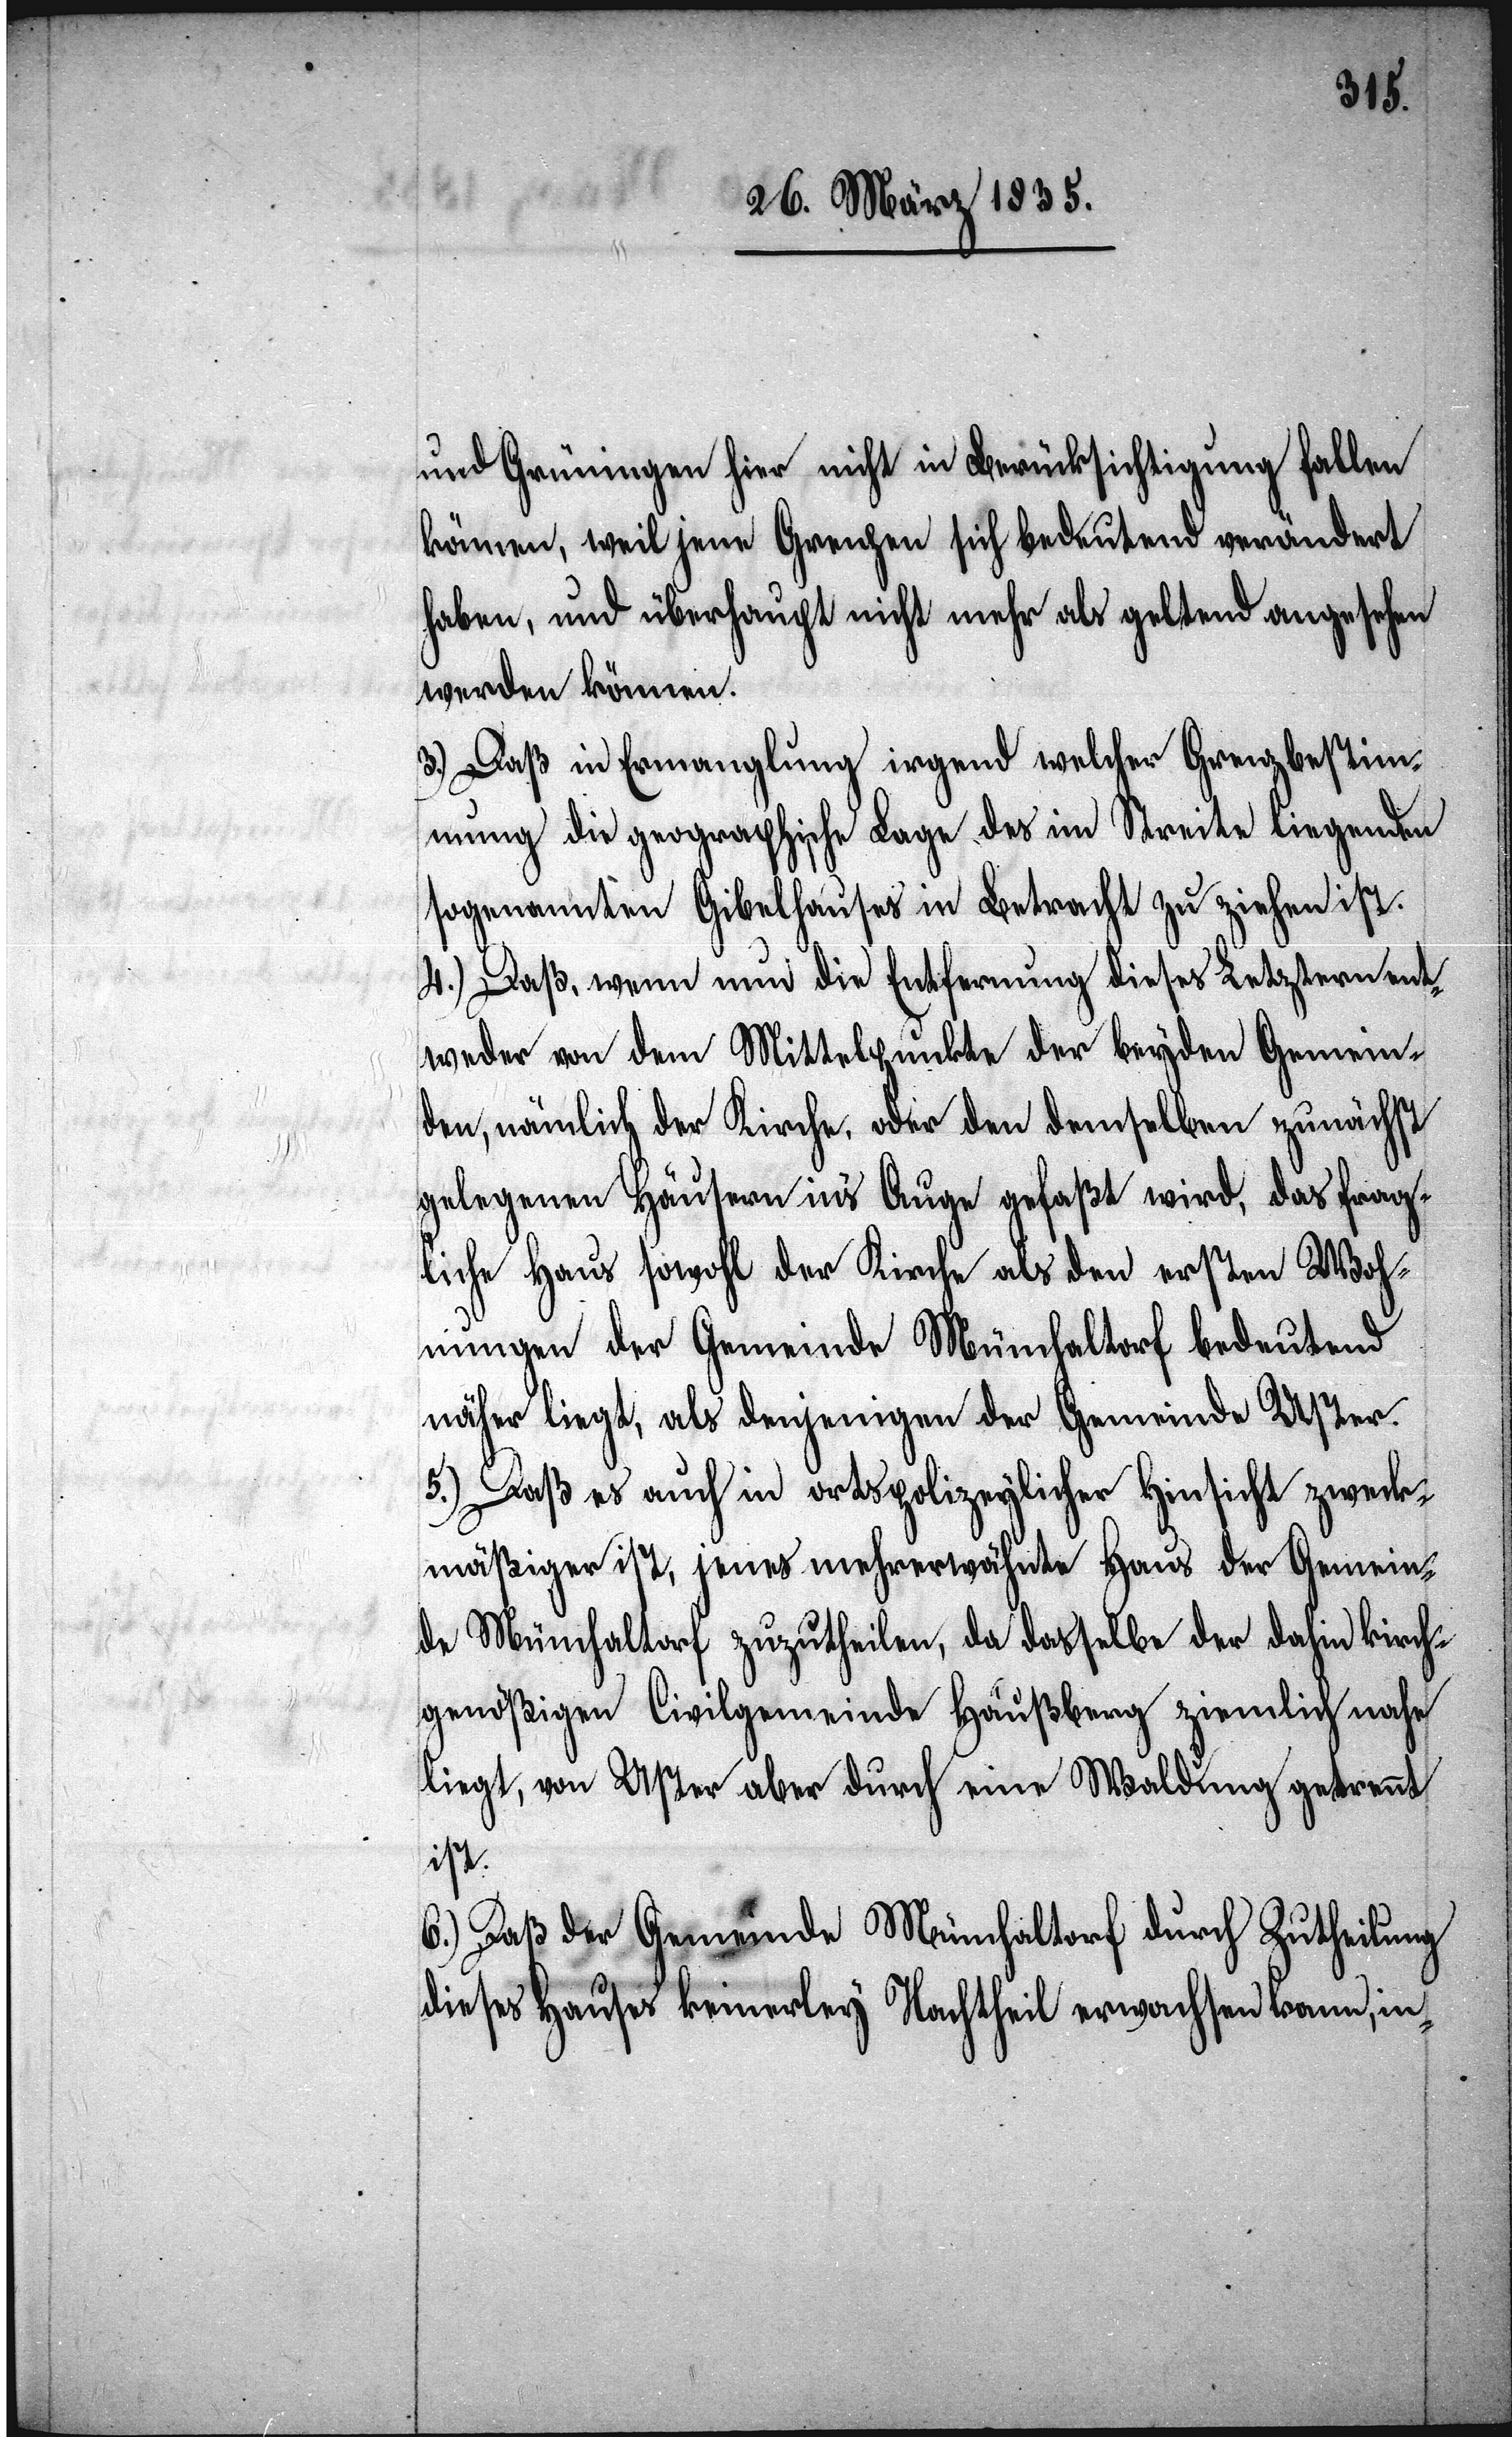
und Grüningen hier nicht in Berücksichtigung fallen
können, weil jene Grenzen sich bedeutend verändert
haben, und überhaupt nicht mehr als geltend angesehen
werden können.
3.) Daß in Ermangelung irgend welcher Grenzbestim¬
mung die geographische Lage des im Streite liegenden
sogenannten Gibelhauses in Betracht zu ziehen ist:
4.) Daß, wenn nun die Entfernung dieses Letztern ent¬
weder von dem Mittelpunkte der beyden Gemein¬
den, nämlich der Kirche, oder den demselben zunächst
gelegenen Häusern in’s Auge gefaßt wird, das frag¬
liche Haus sowohl der Kirche als den ersten Woh¬
nungen der Gemeinde Münchaltorf bedeutend
näher liegt, als denjenigen der Gemeinde Uster.
5.) Daß es auch in ortspolizeylicher Hinsicht zweck¬
mäßiger ist, jenes mehrerwähnte Haus der Gemein¬
de Münchaltorf zuzutheilen, da dasselbe der dahin kirch¬
genößigen Civilgemeinde Häußberg ziemlich nahe
liegt, von Uster aber durch eine Waldung getrennt
ist.
6.) Daß der Gemeinde Münchaltorf durch Zutheilung
dieses Hauses keinerley Nachtheil erwachsen kann, in-